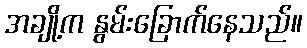
အချို့က နွမ်းခြောက်နေသည်။